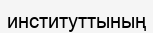
институттының